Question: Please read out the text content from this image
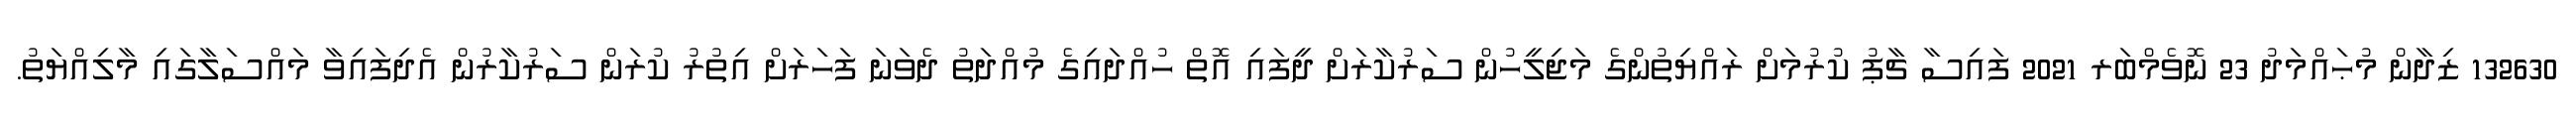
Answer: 132630 ޒިދާން މުޙައްމަދު 23 ނޮވެމްބަރ 2021 ފައިސާ ޗާޕު ކުރުމަށް ރައްޔިތުންގެ މަޖިލީހުން ސަރުކާރަށް ދީފައި އޮތް ހުއްދައިގެ މުއްދަތު ދެވަނަ ފަހަރަށް އިތުރު ކުރަން ސަރުކާރުން އެދިފައިވާ މައްސަލާގައި މާލިއްޔަތު.